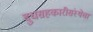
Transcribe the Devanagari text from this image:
दुधसहकारीसंस्थेचा